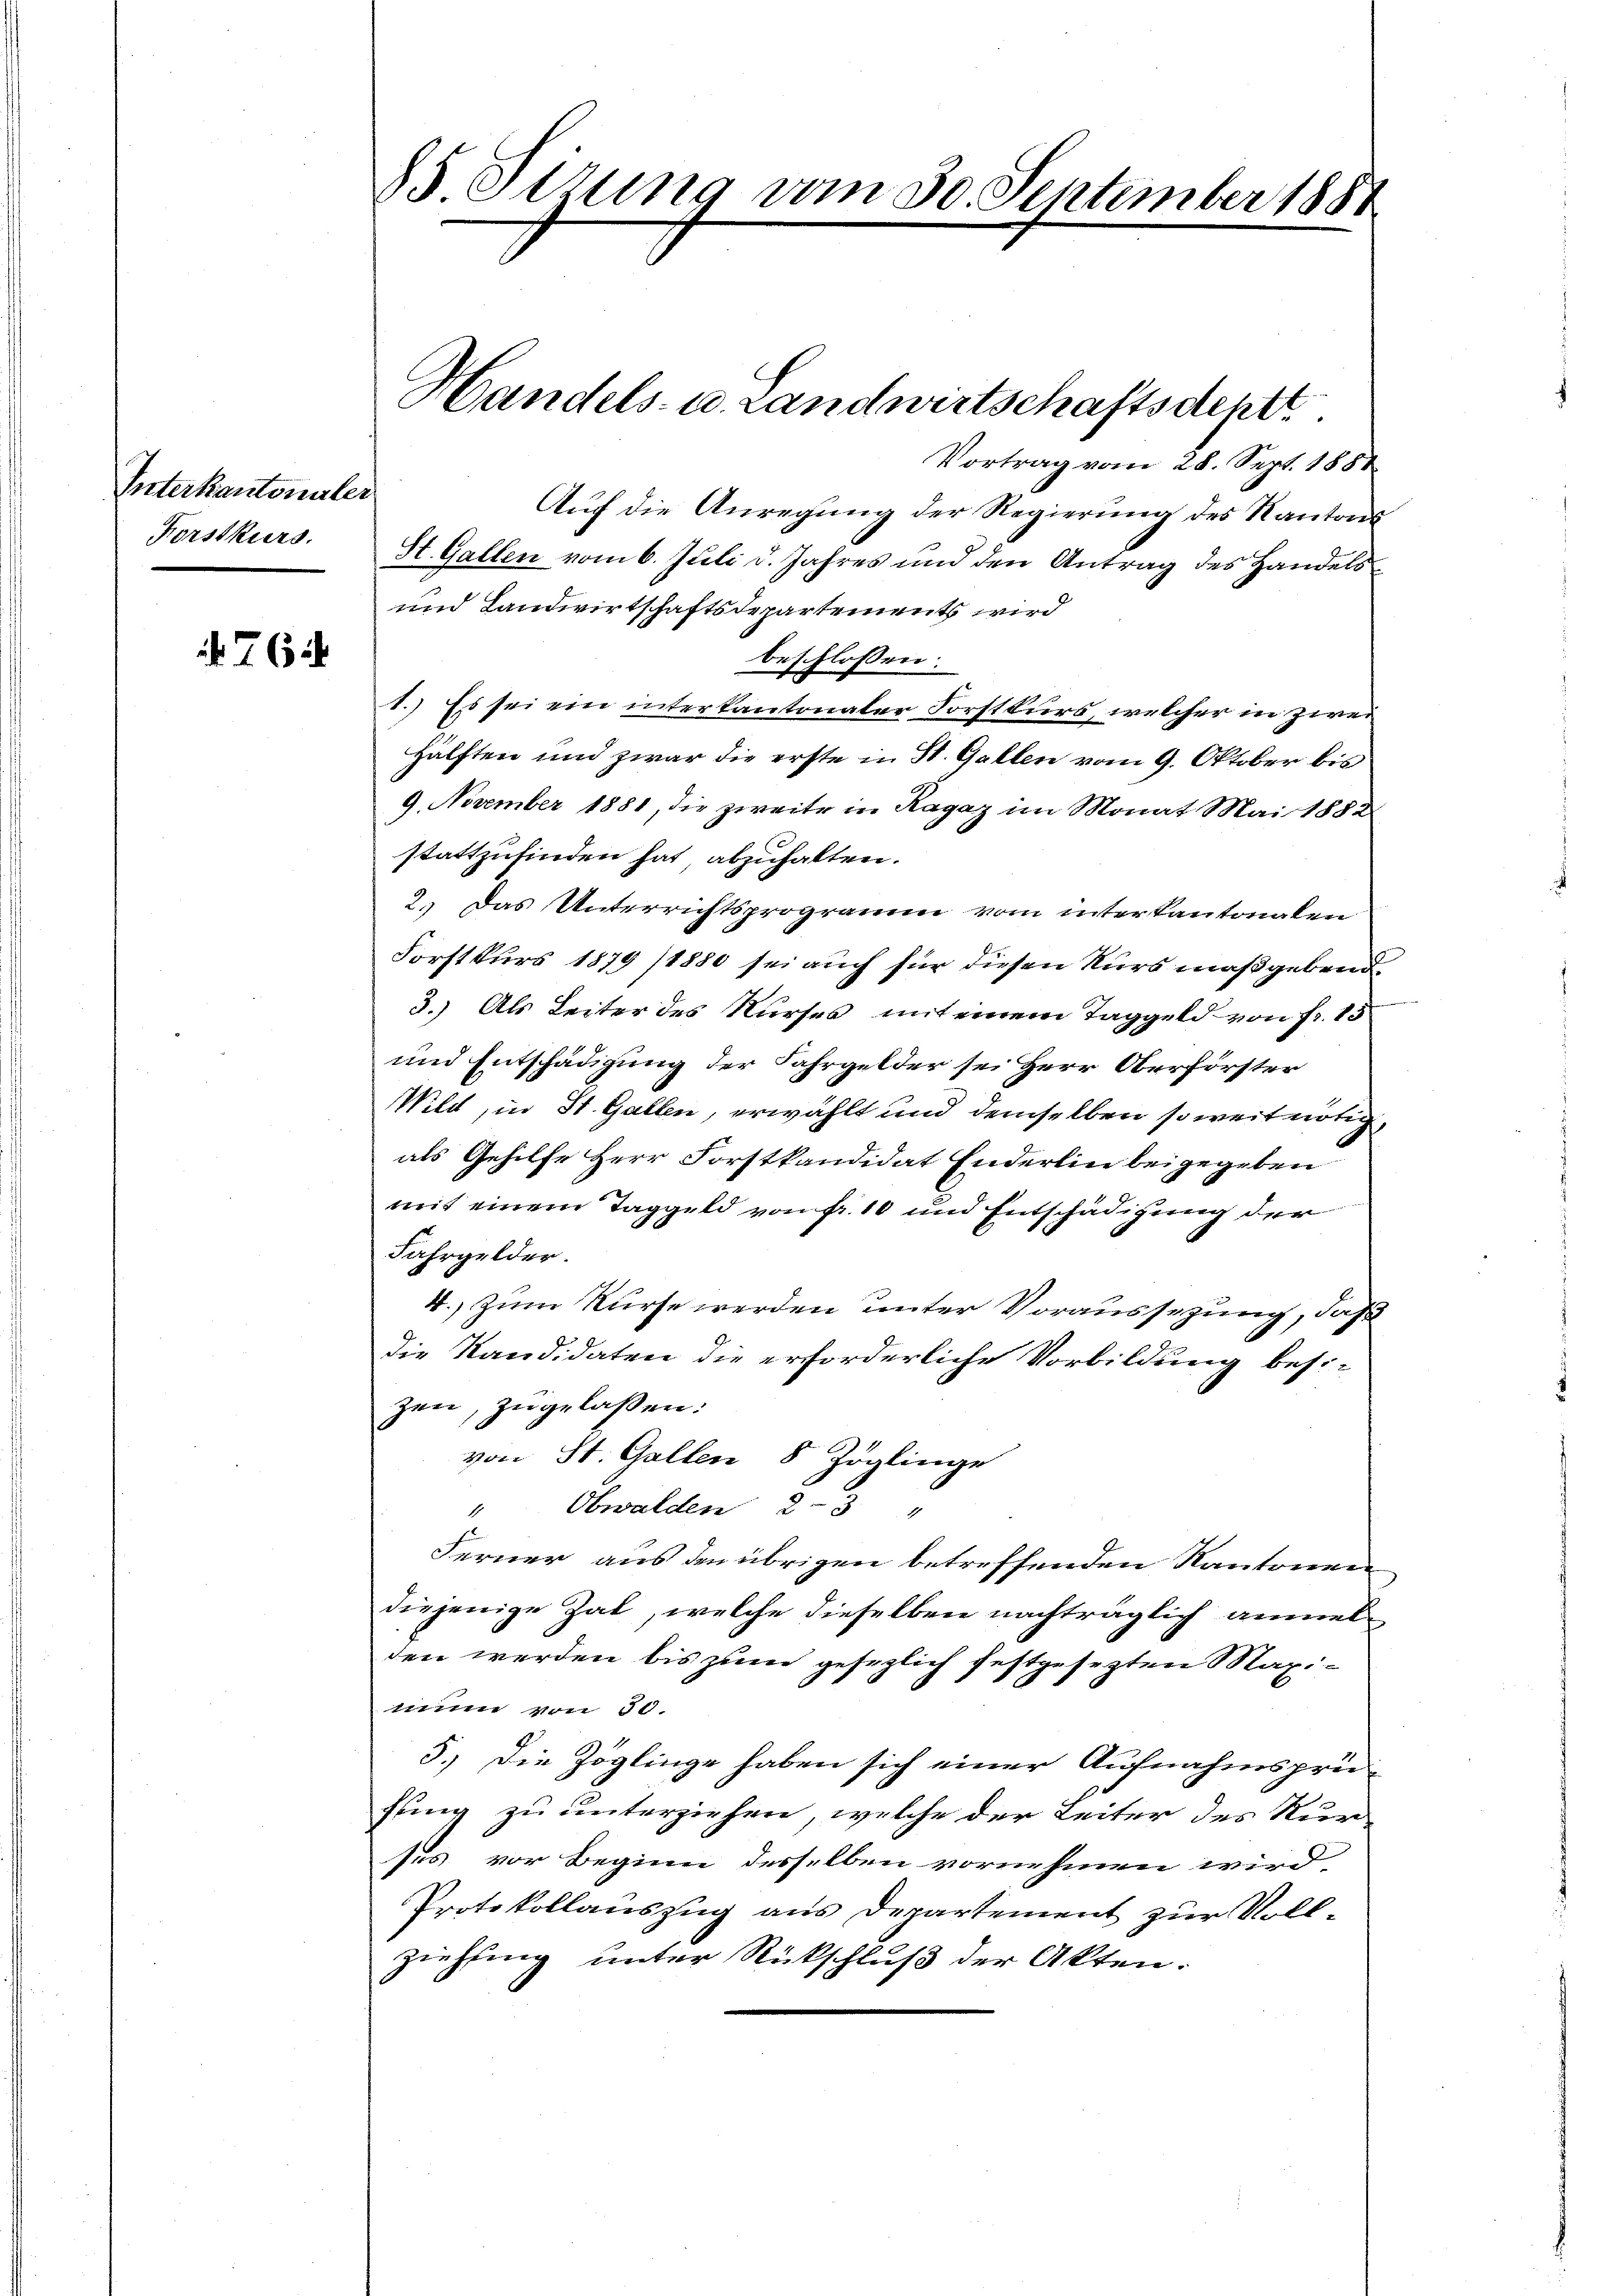
Interkantonaler
Forstkurs.

762

85 Stzung vom 30. September 1887

Vortrag vom 28. Sept. 1881
Auf die Anregung der Regierung des Kantons
St. Gallen vom 6. Juli d. Jahres und den Antrag des Handels
und Landwirtschaftsdepartements wird
beschlossen:
1.) Es sei ein interkantonaler Forstkurs, welcher in zwei¬
Hälften und zwar die erste in St. Gallen vom 9. Oktober bis
9. November 1881, die zweite in Ragaz im Monat Mai 1882
stattzufinden hat abzuhalten.
2.) Das Unterrichtsprogramm vom interkantonalen
Forstkurs 1879 /1880 sei auch für diesen Kurs maßgebend
3.) Als Leiter des Kurses mit einem Taggeld von Fr. 15
und Entschädigung der Fahrgelder sei Herr Oberförster
Wild, in St. Gallen, erwählt und demselben so weit nötig,
als Gehilfe Herr Forstkandidat Enderlin beigegeben
mit einem Taggeld von Fr. 10 und Entschädigung der
Jahrgelder.
4.) Zum Kurse werden unter Voraussetzung, daß
die Kandidaten die erforderliche Vorbildung besi-
zen, zugelassen:
von St. Gallen 8 Zöglinge
" Obwalden 23 "
Ferner aus den übrigen betreffenden Kantonen
diejenige Zal, welche dieselben nachträglich anmelden werden bis zum gesezlich festgesetzten Maximum von 50.
5.) Die Zöglinge haben sich einer Aufnahmsprü-
fung zu unterziehen, welche der Leiter des Nur-
ses vor Beginn desselben vornehmen wird.
Protokollauszug aus Departement zur Vollziehung unter Rückschluß der Akten.

Handels- u. Landwirtschaftsdeptt.